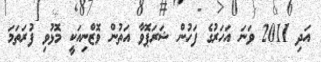
އަދި 2011 ވަނަ އަހަރުގެ ފަހުން ޝަރަޕޮވާ އަތުން ވޮޒްނިއަކީ މޮޅުވި ފުރަތަމަ